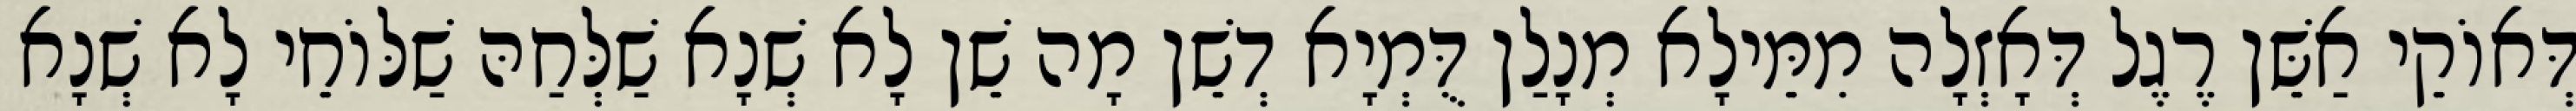
דְּאוֹקֵי אַשֵּׁן רֶגֶל דְּאָזְלָה מִמֵּילָא מְנָלַן דֻּמְיָא דְשֵׁן מָה שֵׁן לָא שְׁנָא שַׁלְּחַהּ שַׁלּוֹחֵי לָא שְׁנָא